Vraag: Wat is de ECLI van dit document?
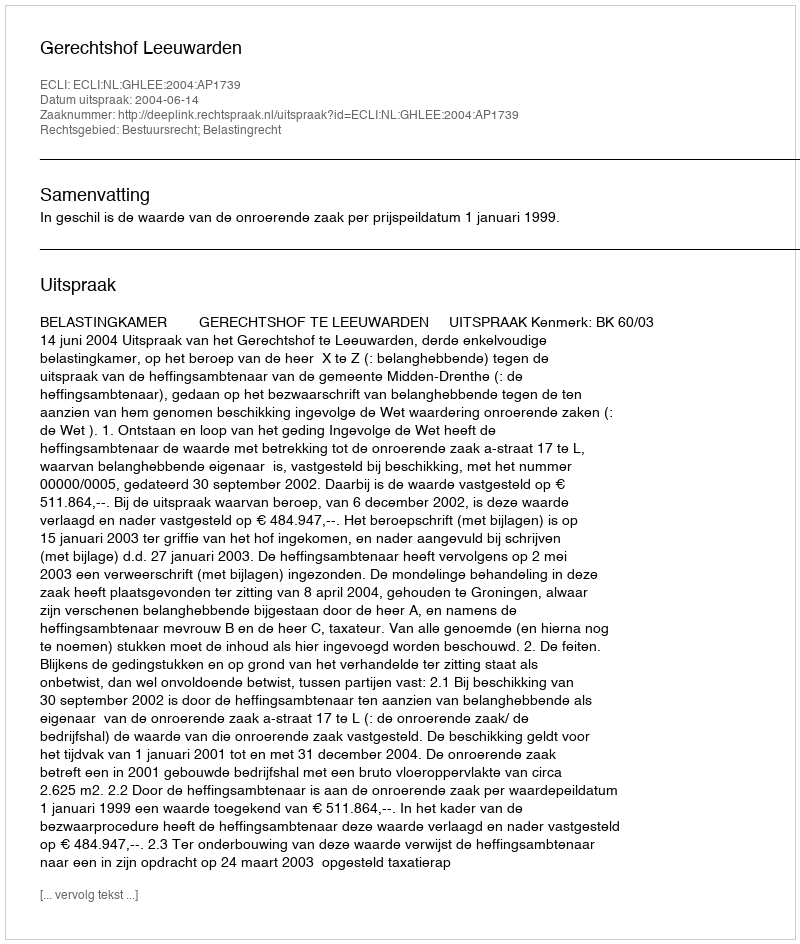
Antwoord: ECLI:NL:GHLEE:2004:AP1739